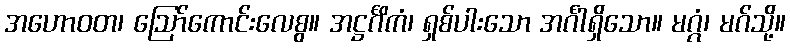
အဟောဝတ၊ ဩော်ကောင်းလေစွ။ အဋ္ဌင်္ဂိကံ၊ ရှစ်ပါးသော အင်္ဂါရှိသော။ မဂ္ဂံ၊ မဂ်သို့။